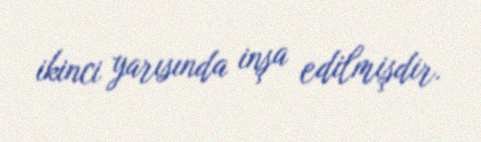
ikinci yarısında inşa edilmişdir.